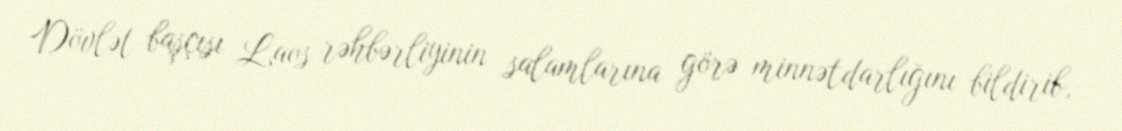
Dövlət başçısı Laos rəhbərliyinin salamlarına görə minnətdarlığını bildirib,